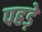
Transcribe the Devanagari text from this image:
पहड़े